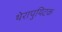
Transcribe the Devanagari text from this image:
थेरापुयिटक